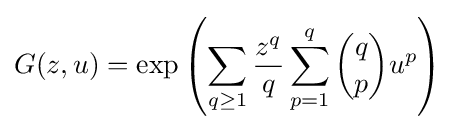
G(z,u)=\exp \left(\sum _{q\geq 1}{\frac {z^{q}}{q}}\sum _{p=1}^{q}{q \choose p}u^{p}\right)